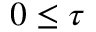
0 \leq \tau